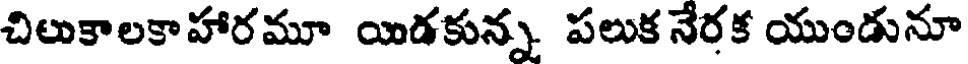
చిలుకాలకాహారమూ యిడకున్న. పలుక నేరక యుండునూ